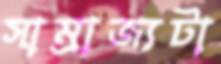
সাম্রাজ্যটা